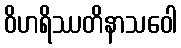
ဝိဟရိဿတိနာသဝေါ